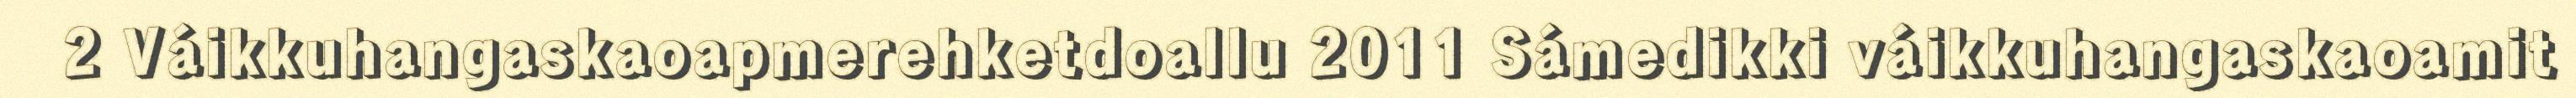
2 Váikkuhangaskaoapmerehketdoallu 2011 Sámedikki váikkuhangaskaoamit